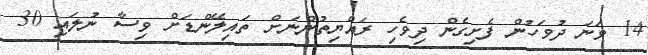
14 ވަނަ ދުވަހުން ފެށިގެން ދިވެހި ރައްޔިތުންނަށް ތައިލޭންޑަށް ވިސާ ނުލައި 30